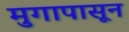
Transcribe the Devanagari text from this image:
मुगापासून